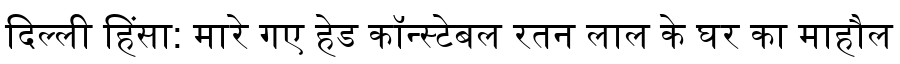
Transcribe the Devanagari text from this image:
दिल्ली हिंसा: मारे गए हेड कॉन्स्टेबल रतन लाल के घर का माहौल